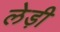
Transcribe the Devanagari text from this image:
लेड़ी